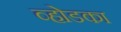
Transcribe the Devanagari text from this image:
व्होडका